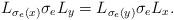
LaTeX: \begin{align*}& L_{\sigma_e(x)}\sigma_e L_y=L_{\sigma_e(y)}\sigma_e L_x. \end{align*}